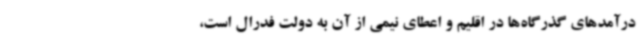
درآمدهای گذرگاه‌ها در اقلیم و اعطای نیمی از آن به دولت فدرال است،